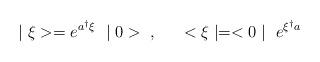
LaTeX: \begin{align*}\mid \xi>= e^{a^\dag \xi} ~\mid 0>~, ~~~~<\xi\mid =<0\mid ~e^{\xi^\dag a}\end{align*}